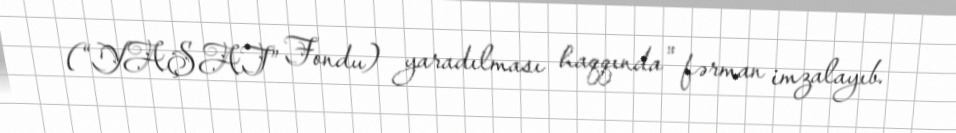
(“YAŞAT” Fondu) yaradılması haqqında" fərman imzalayıb.